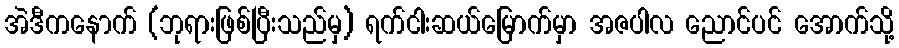
အဲဒီကနောက် (ဘုရားဖြစ်ပြီးသည်မှ) ရက်ငါးဆယ်မြောက်မှာ အဇပါလ ညောင်ပင် အောက်သို့